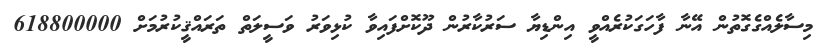
މިސާލެއްގެގޮތުން އޭނާ ފާހަގަކުރެއްވީ އިންޑިޔާ ސަރުކާރުން ދޫކޮށްފައިވާ ކުޅިވަރު ވަސީލަތް ތަރައްޤީކުރުމަށް 618800000